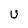
Character: U